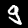
Label: 9